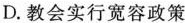
D.教会实行宽容政策